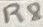
Text: R8